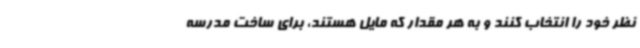
نظر خود را انتخاب کنند و به هر مقدار که مایل هستند، برای ساخت مدرسه